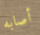
أصابه